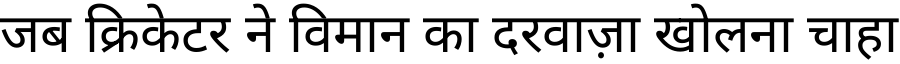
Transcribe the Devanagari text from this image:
जब क्रिकेटर ने विमान का दरवाज़ा खोलना चाहा